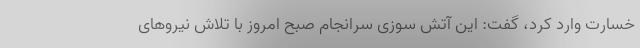
خسارت وارد کرد، گفت: این آتش سوزی سرانجام صبح امروز با تلاش نیروهای